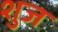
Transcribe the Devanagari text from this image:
शुज